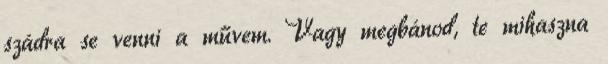
szádra se venni a művem. Vagy megbánod, te mihaszna